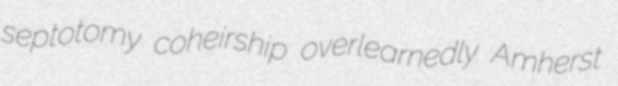
septotomy coheirship overlearnedly Amherst